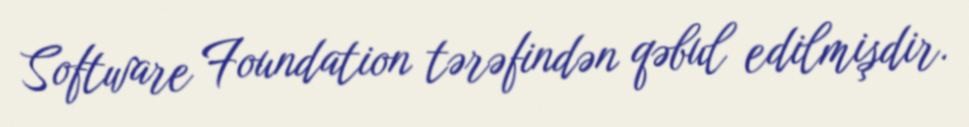
Software Foundation tərəfindən qəbul edilmişdir.